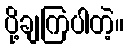
ပို့ချကြပါတဲ့။